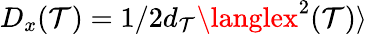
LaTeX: D_{x}(\mathcal{T})=1/2d_{\mathcal{T}}\langlex^{2}(\mathcal{T})\rangle